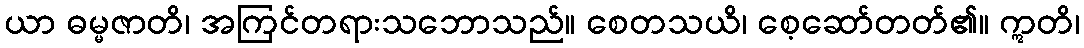
ယာ ဓမ္မဇာတိ၊ အကြင်တရားသဘောသည်။ စေတသယိ၊ စေ့ဆော်တတ်၏။ ဣတိ၊